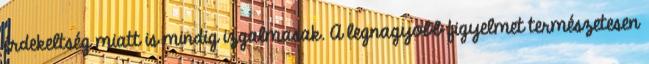
érdekeltség miatt is mindig izgalmasak. A legnagyobb figyelmet természetesen